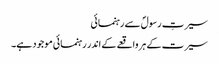
سیرتِ رسولؐ سے رہنمائی
سیرت کے ہر واقعے کے اندر رہنمائی موجود ہے۔